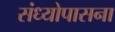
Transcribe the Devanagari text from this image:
संध्योपासना